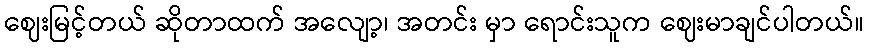
ဈေးမြင့်တယ် ဆိုတာထက် အလျော့၊ အတင်း မှာ ရောင်းသူက ဈေးမာချင်ပါတယ်။